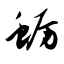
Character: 蛎